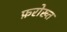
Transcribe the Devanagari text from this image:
फ़रोख्त